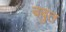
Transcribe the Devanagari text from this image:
बबुत